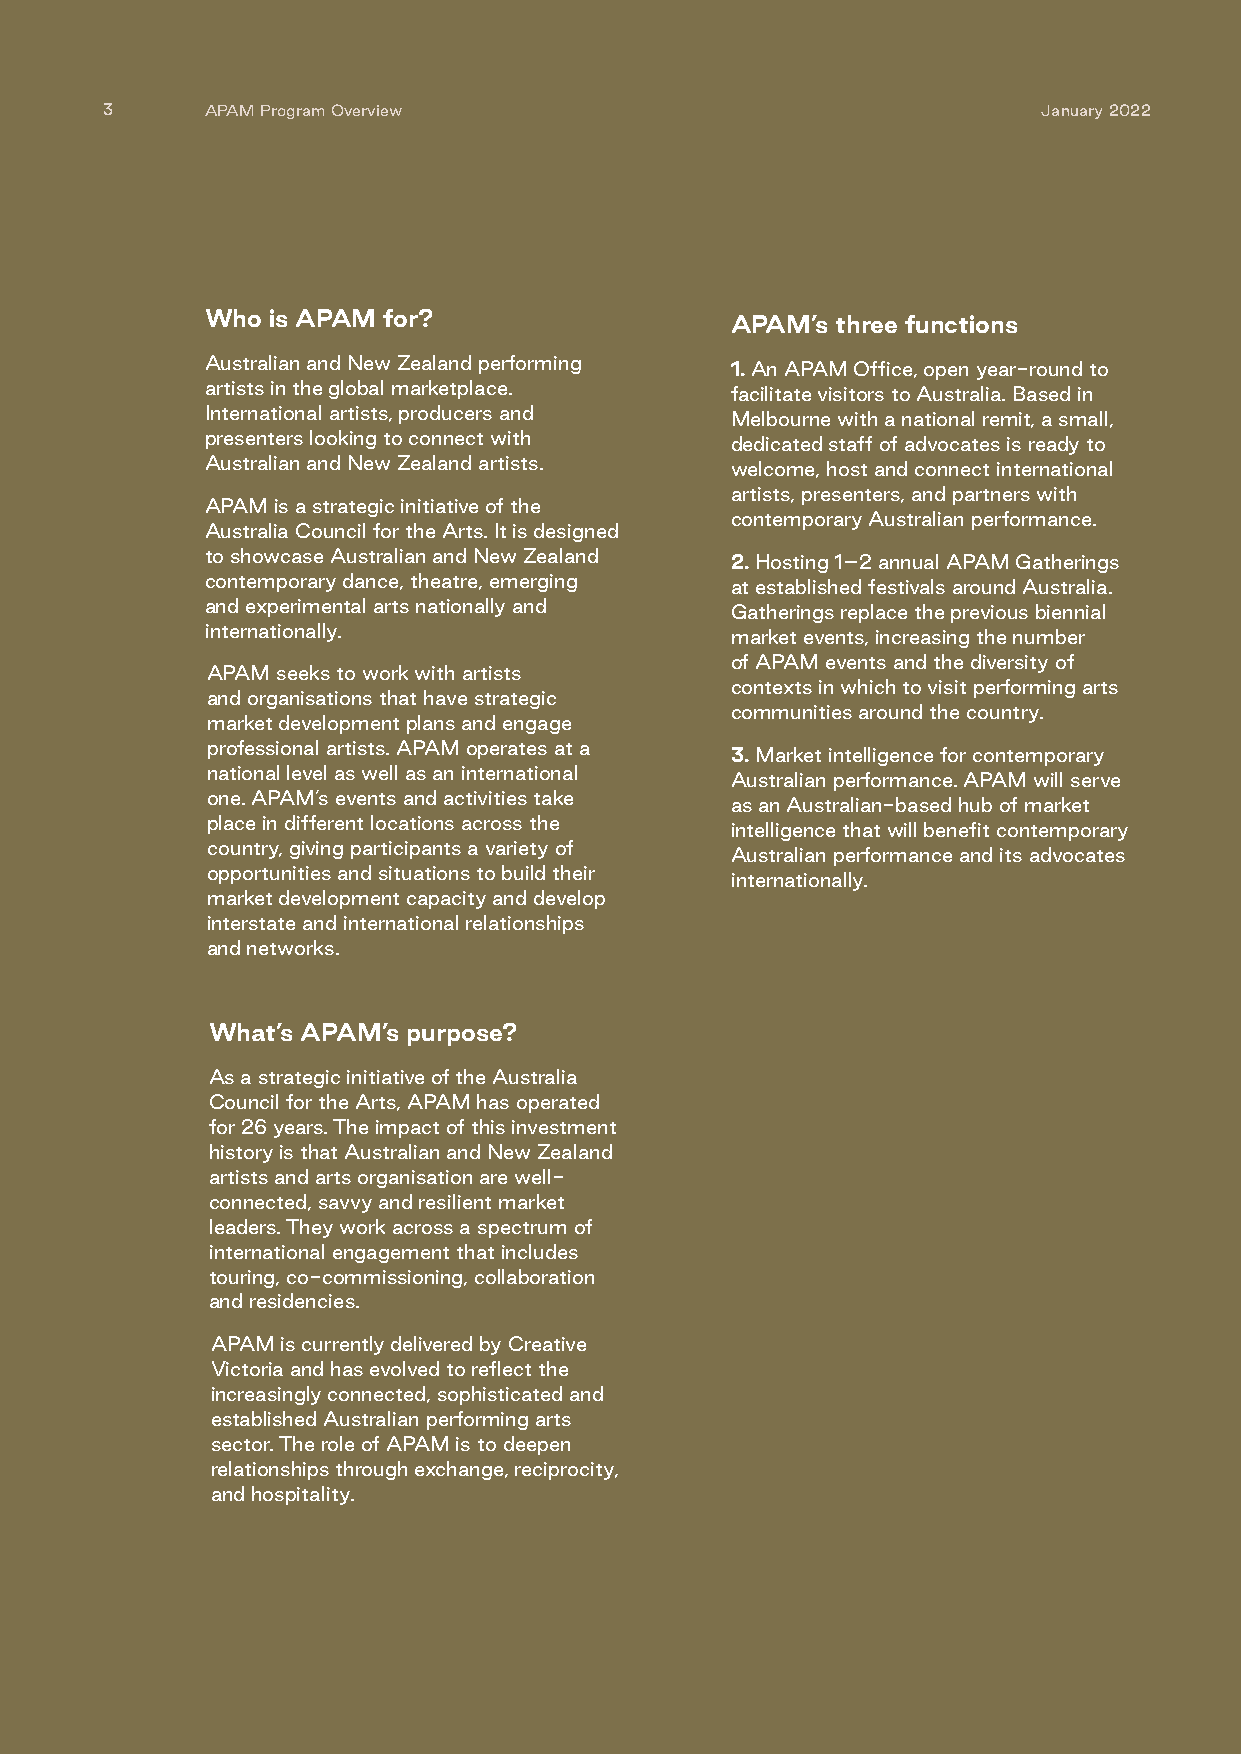
3      APAM Program Overview                                  January 2022
 Who is APAM for?
 APAM’s three functions
 Australian and New Zealand performing
 1. An APAM Office, open year-round to
 artists in the global marketplace.
 facilitate visitors to Australia. Based in
 International artists, producers and
 Melbourne with a national remit, a small,
 presenters looking to connect with
 dedicated staff of advocates is ready to
 Australian and New Zealand artists.
 welcome, host and connect international
 artists, presenters, and partners with
 APAM is a strategic initiative of the
 contemporary Australian performance.
 Australia Council for the Arts. It is designed
 to showcase Australian and New Zealand
 2. Hosting 1–2 annual APAM Gatherings
 contemporary dance, theatre, emerging
 at established festivals around Australia.
 and experimental arts nationally and
 Gatherings replace the previous biennial
 internationally.
 market events, increasing the number
 of APAM events and the diversity of
 APAM seeks to work with artists
 contexts in which to visit performing arts
 and organisations that have strategic
 communities around the country.
 market development plans and engage
 professional artists. APAM operates at a
 3. Market intelligence for contemporary
 national level as well as an international
 Australian performance. APAM will serve
 one. APAM’s events and activities take
 as an Australian-based hub of market
 place in different locations across the
 intelligence that will benefit contemporary
 country, giving participants a variety of
 Australian performance and its advocates
 opportunities and situations to build their
 internationally.
 market development capacity and develop
 interstate and international relationships
 and networks.
 What’s APAM’s purpose?
 As a strategic initiative of the Australia
 Council for the Arts, APAM has operated
 for 26 years. The impact of this investment
 history is that Australian and New Zealand
 artists and arts organisation are well-
 connected, savvy and resilient market
 leaders. They work across a spectrum of
 international engagement that includes
 touring, co-commissioning, collaboration
 and residencies.
 APAM is currently delivered by Creative
 Victoria and has evolved to reflect the
 increasingly connected, sophisticated and
 established Australian performing arts
 sector. The role of APAM is to deepen
 relationships through exchange, reciprocity,
 and hospitality.